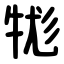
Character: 牻